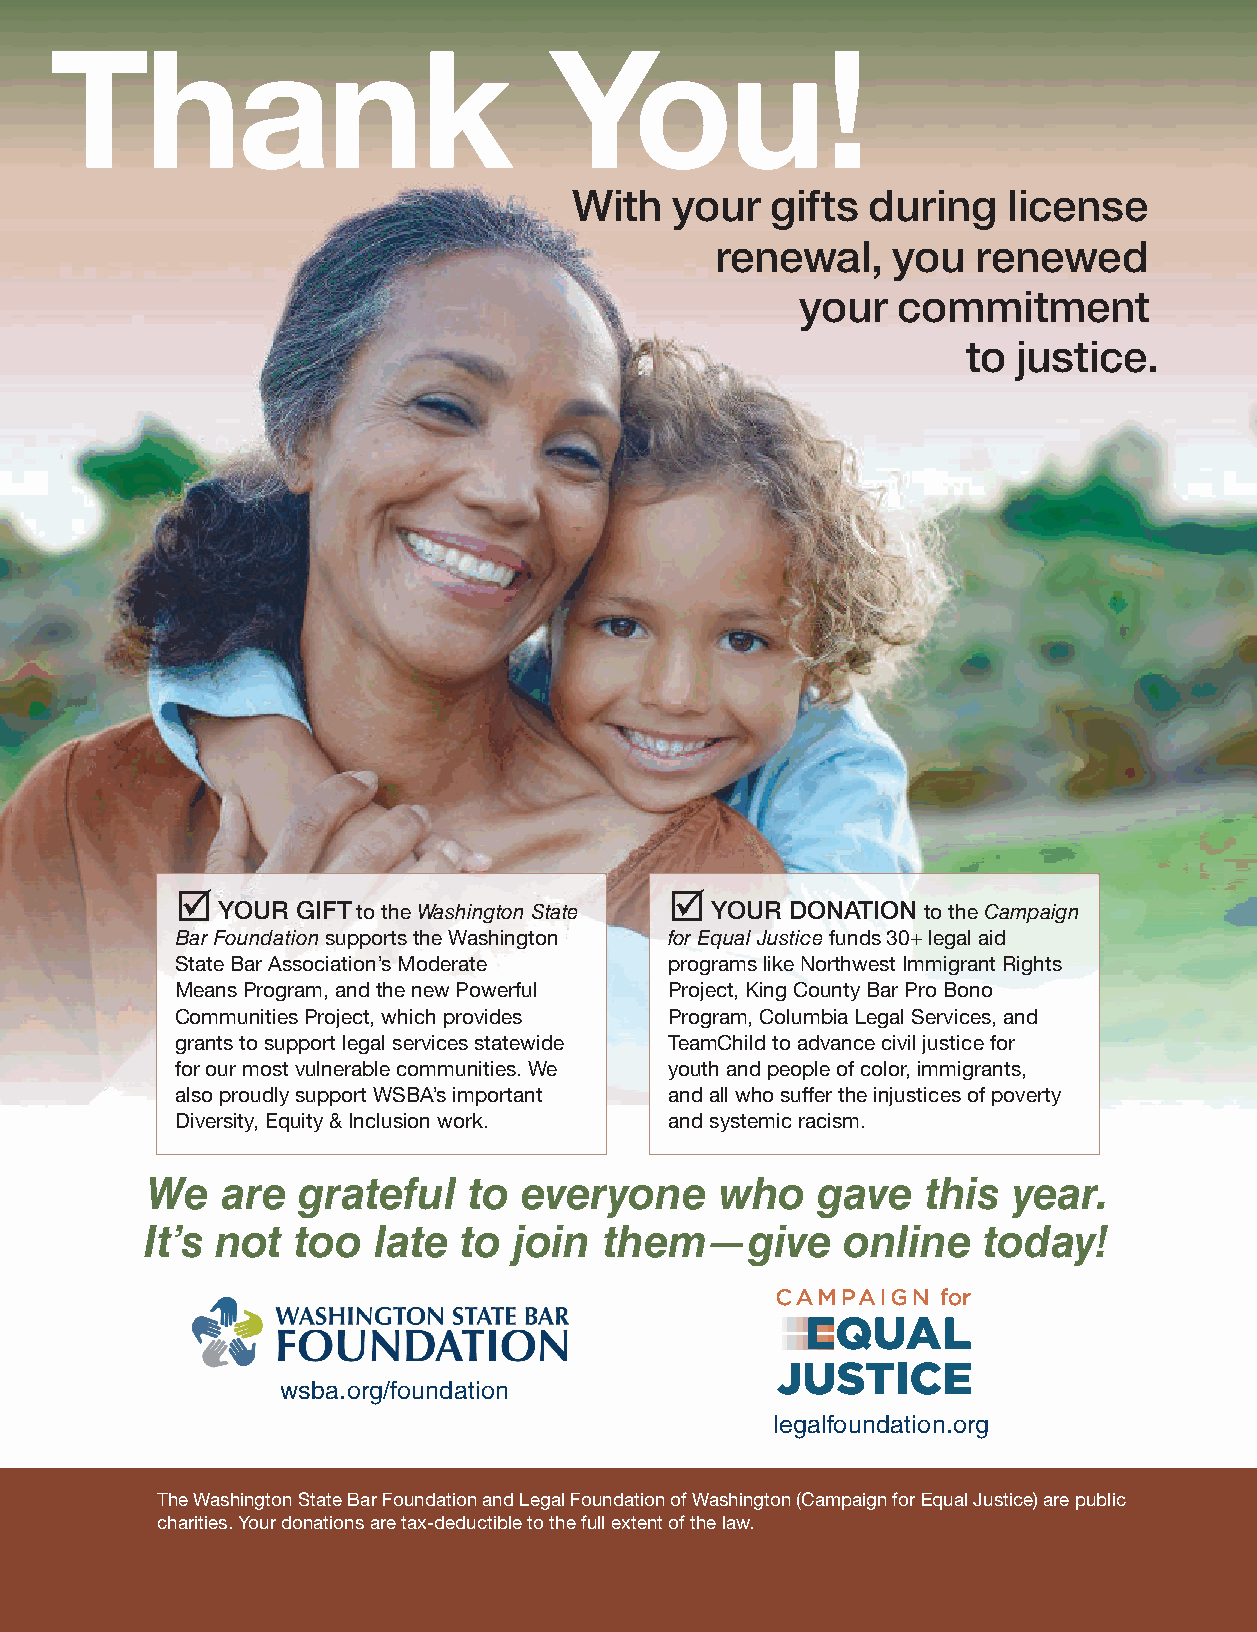
Thank                            You!
 With   your  gifts  during   license
 renewal,    you   renewed
 your  commitment
 to justice.
                                
 YOUR  GIFT to the Washington State YOUR DONATION to the Campaign
 Bar Foundation supports the Washington for Equal Justice funds 30+ legal aid
 State Bar Association’s Moderate programs like Northwest Immigrant Rights
 Means Program, and the new Powerful Project, King County Bar Pro Bono
 Communities Project, which provides Program, Columbia Legal Services, and
 grants to support legal services statewide TeamChild to advance civil justice for
 for our most vulnerable communities. We youth and people of color, immigrants,
 also proudly support WSBA’s important and all who suffer the injustices of poverty
 Diversity, Equity & Inclusion work. and systemic racism.
 We   are  grateful   to everyone      who   gave   this  year.
 It’s not too   late to  join  them—give       online   today!
 wsba.org/foundation
 legalfoundation.org
 The Washington State Bar Foundation and Legal Foundation of Washington (Campaign for Equal Justice) are public
 charities. Your donations are tax-deductible to the full extent of the law.
 56 Washington State Bar News | FEB 2021